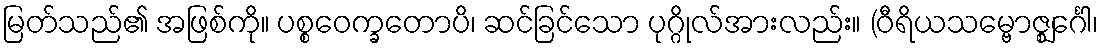
မြတ်သည်၏ အဖြစ်ကို။ ပစ္စဝေက္ခတောပိ၊ ဆင်ခြင်သော ပုဂ္ဂိုလ်အားလည်း။ (ဝီရိယသမ္ဗောဇ္ဈင်္ဂေါ၊